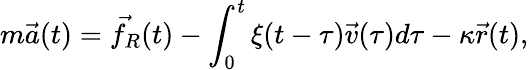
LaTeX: m\vec{a}(t)=\vec{f_{R}}(t)-\int_{0}^{t}\xi(t-\tau)\vec{v}(\tau)d\tau-\kappa\vec{r}(t),